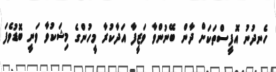
ހެނދުނު އޮފީސްތަކަށް ދާން ބޭނުންވާ ވަޒީފާ އަދާކުރާ މީހުންގެ މިޝަކުވާ ވަނީ ބޮޑުވެފަ